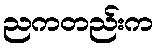
ညကတည်းက